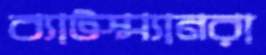
ব্যাটস্ম্যানরা